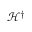
\mathcal { H } ^ { \dagger }